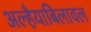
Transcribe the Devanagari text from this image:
अल्हैयाबिलावल